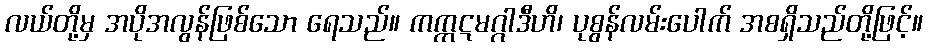
လယ်တို့မှ အပိုအလွန်ဖြစ်သော ရေသည်။ ကက္ကဋမဂ္ဂါဒီဟိ၊ ပုစွန်လမ်းပေါက် အစရှိသည်တို့ဖြင့်။